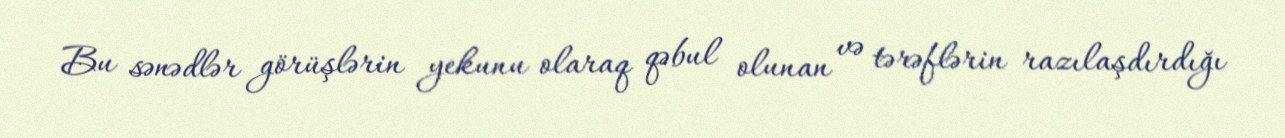
Bu sənədlər görüşlərin yekunu olaraq qəbul olunan və tərəflərin razılaşdırdığı